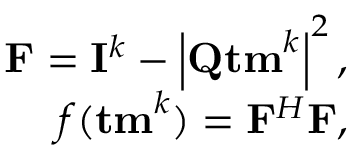
\begin{array} { r } { { \bf F } = { \bf { I } } ^ { k } - \left| { \bf { Q } } { \bf { t m } } ^ { k } \right| ^ { 2 } , } \\ { f ( { \bf { t m } } ^ { k } ) = { \bf F } ^ { H } { \bf F } , } \end{array}